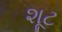
શૂટ